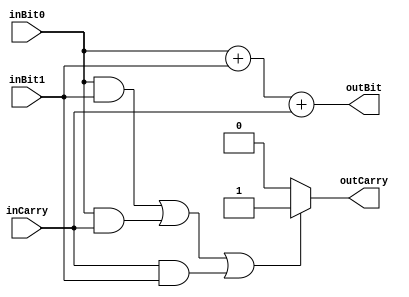
module adder_for_two_bits_with_carry(outBit, outCarry, inCarry, inBit0, inBit1);

input inBit0, inBit1, inCarry;
output reg outBit, outCarry;

always @(inBit0, inBit1, inCarry) begin

	if(inBit0==1'b1 && inBit1==1'b1 || inBit0==1'b1 && inCarry ==  1'b1 || inCarry == 1'b1 && inBit1==1'b1) outCarry = 1'b1;
	else outCarry = 1'b0;

	outBit = inBit0 + inBit1 + inCarry;
end

endmodule